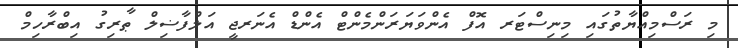
މި ރަސްމިއްޔާތުގައި މިނިސްޓަރ އޮފް އެންވަޔަރަންމެންޓް އެންޑް އެނަރޖީ އަލްފާޟިލް ޠާރިގު އިބްރާހިމް